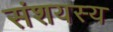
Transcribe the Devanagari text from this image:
संशयस्य